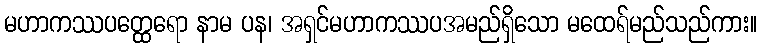
မဟာကဿပတ္ထေရော နာမ ပန၊ အရှင်မဟာကဿပအမည်ရှိသော မထေရ်မည်သည်ကား။